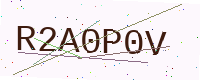
Text: R2A0P0V